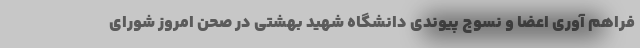
فراهم آوری اعضا و نسوج پیوندی دانشگاه شهید بهشتی در صحن امروز شورای